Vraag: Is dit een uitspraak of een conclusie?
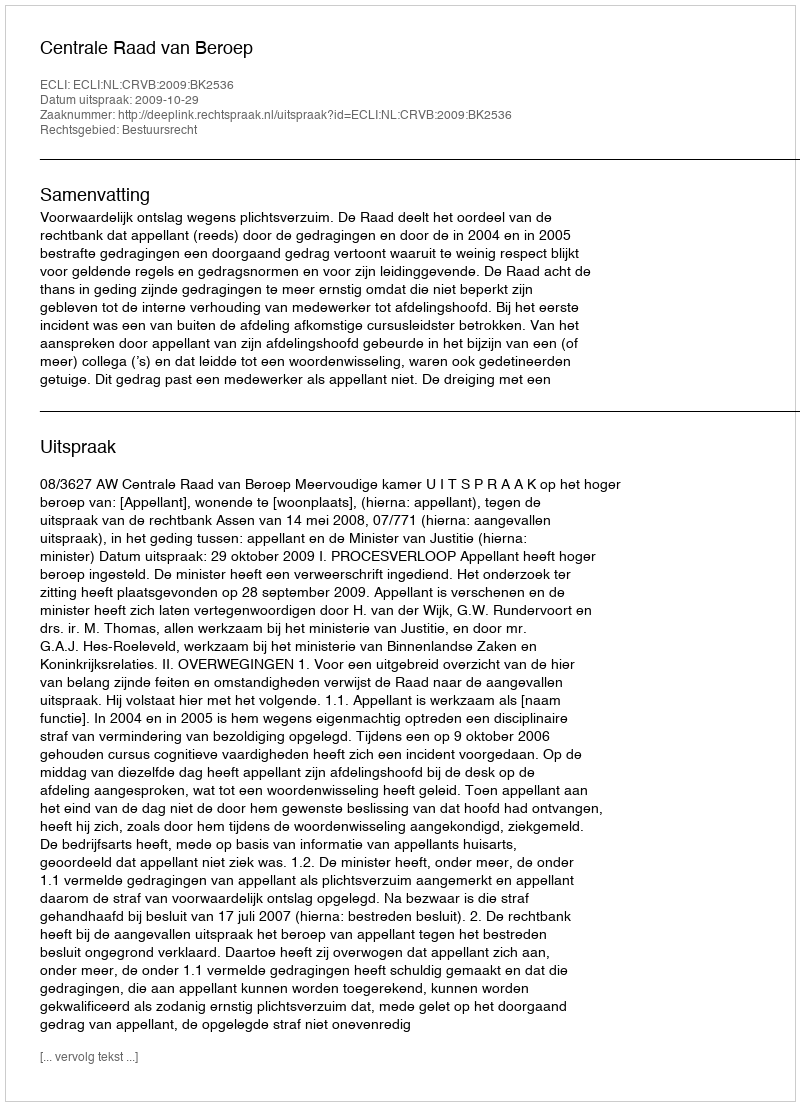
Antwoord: Uitspraak